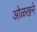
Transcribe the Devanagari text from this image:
ओळखने